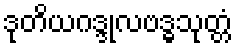
ဒုတိယဂဒ္ဒုလဗဒ္ဓသုတ္တံ